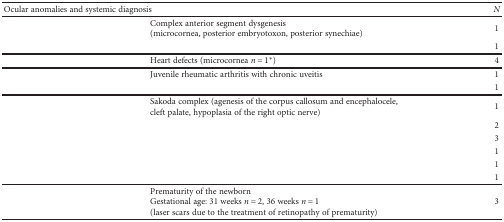
<table><thead><tr><td colspan="2"><b>Ocular anomalies and systemic diagnosis</b></td><td><b><i>N</i></b></td></tr></thead><tbody><tr><td rowspan="2">[EMPTY_CELL]</td><td>Complex anterior segment dysgenesis (microcornea, posterior embryotoxon, posterior synechiae)</td><td>1</td></tr><tr><td>[EMPTY_CELL]</td><td>1</td></tr><tr><td>[EMPTY_CELL]</td><td>Heart defects (microcornea <i>n</i> = 1<sup>∗</sup>)</td><td>4</td></tr><tr><td rowspan="2">[EMPTY_CELL]</td><td>Juvenile rheumatic arthritis with chronic uveitis</td><td>1</td></tr><tr><td>[EMPTY_CELL]</td><td>1</td></tr><tr><td rowspan="6">[EMPTY_CELL]</td><td>Sakoda complex (agenesis of the corpus callosum and encephalocele, cleft palate, hypoplasia of the right optic nerve)</td><td>1</td></tr><tr><td>[EMPTY_CELL]</td><td>2</td></tr><tr><td>[EMPTY_CELL]</td><td>3</td></tr><tr><td>[EMPTY_CELL]</td><td>1</td></tr><tr><td>[EMPTY_CELL]</td><td>1</td></tr><tr><td>[EMPTY_CELL]</td><td>1</td></tr><tr><td>[EMPTY_CELL]</td><td>Prematurity of the newbornGestational age: 31 weeks <i>n</i> = 2, 36 weeks <i>n</i> = 1(laser scars due to the treatment of retinopathy of prematurity)</td><td>3</td></tr></tbody></table>